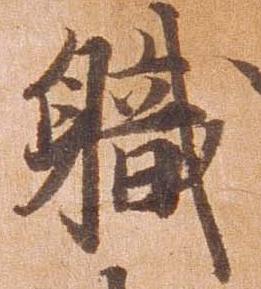
職